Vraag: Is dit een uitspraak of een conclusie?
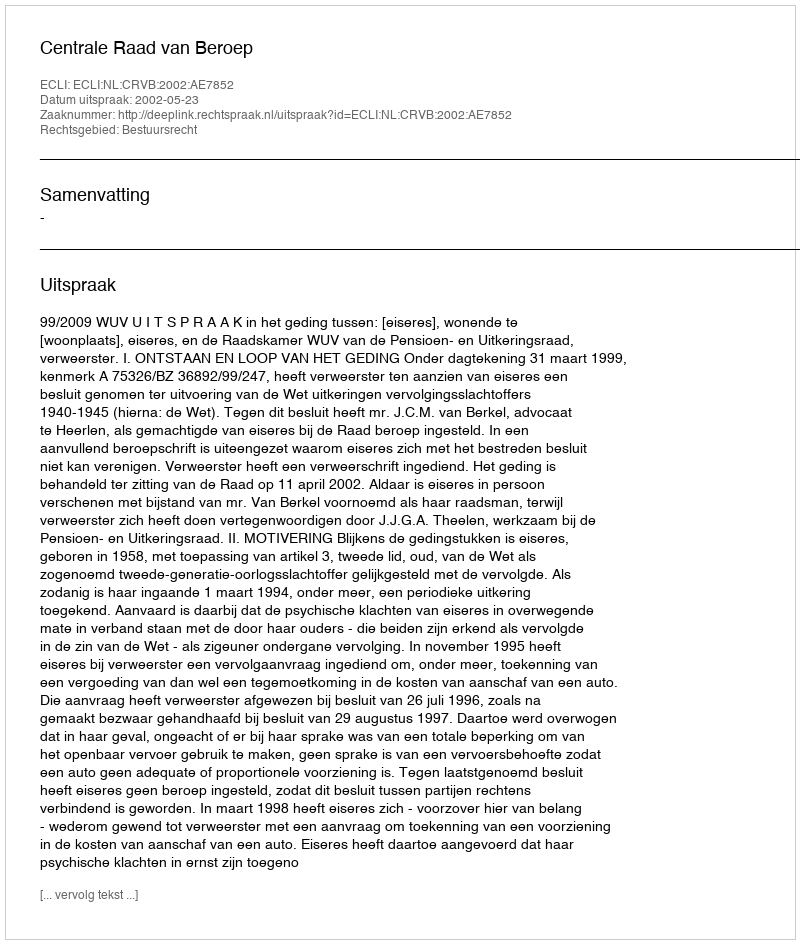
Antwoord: Uitspraak